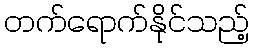
တက်ရောက်နိုင်သည့်